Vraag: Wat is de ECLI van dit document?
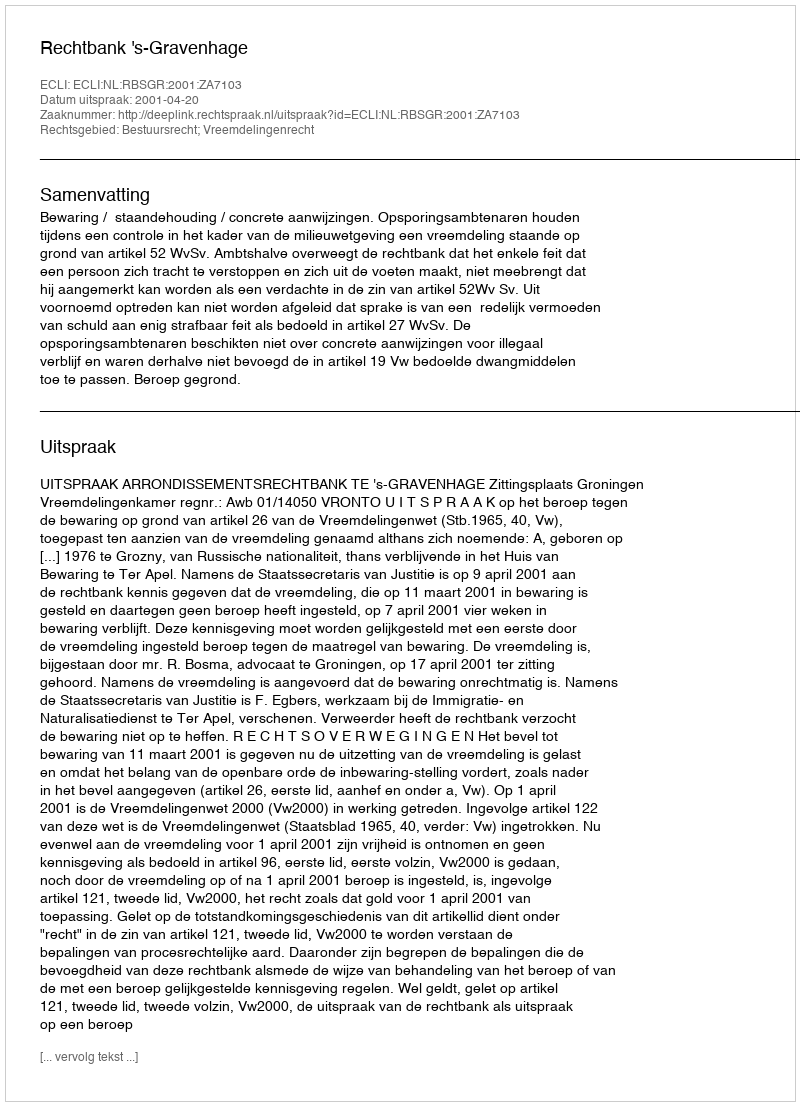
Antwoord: ECLI:NL:RBSGR:2001:ZA7103